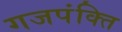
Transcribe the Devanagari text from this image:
गजपंक्ति